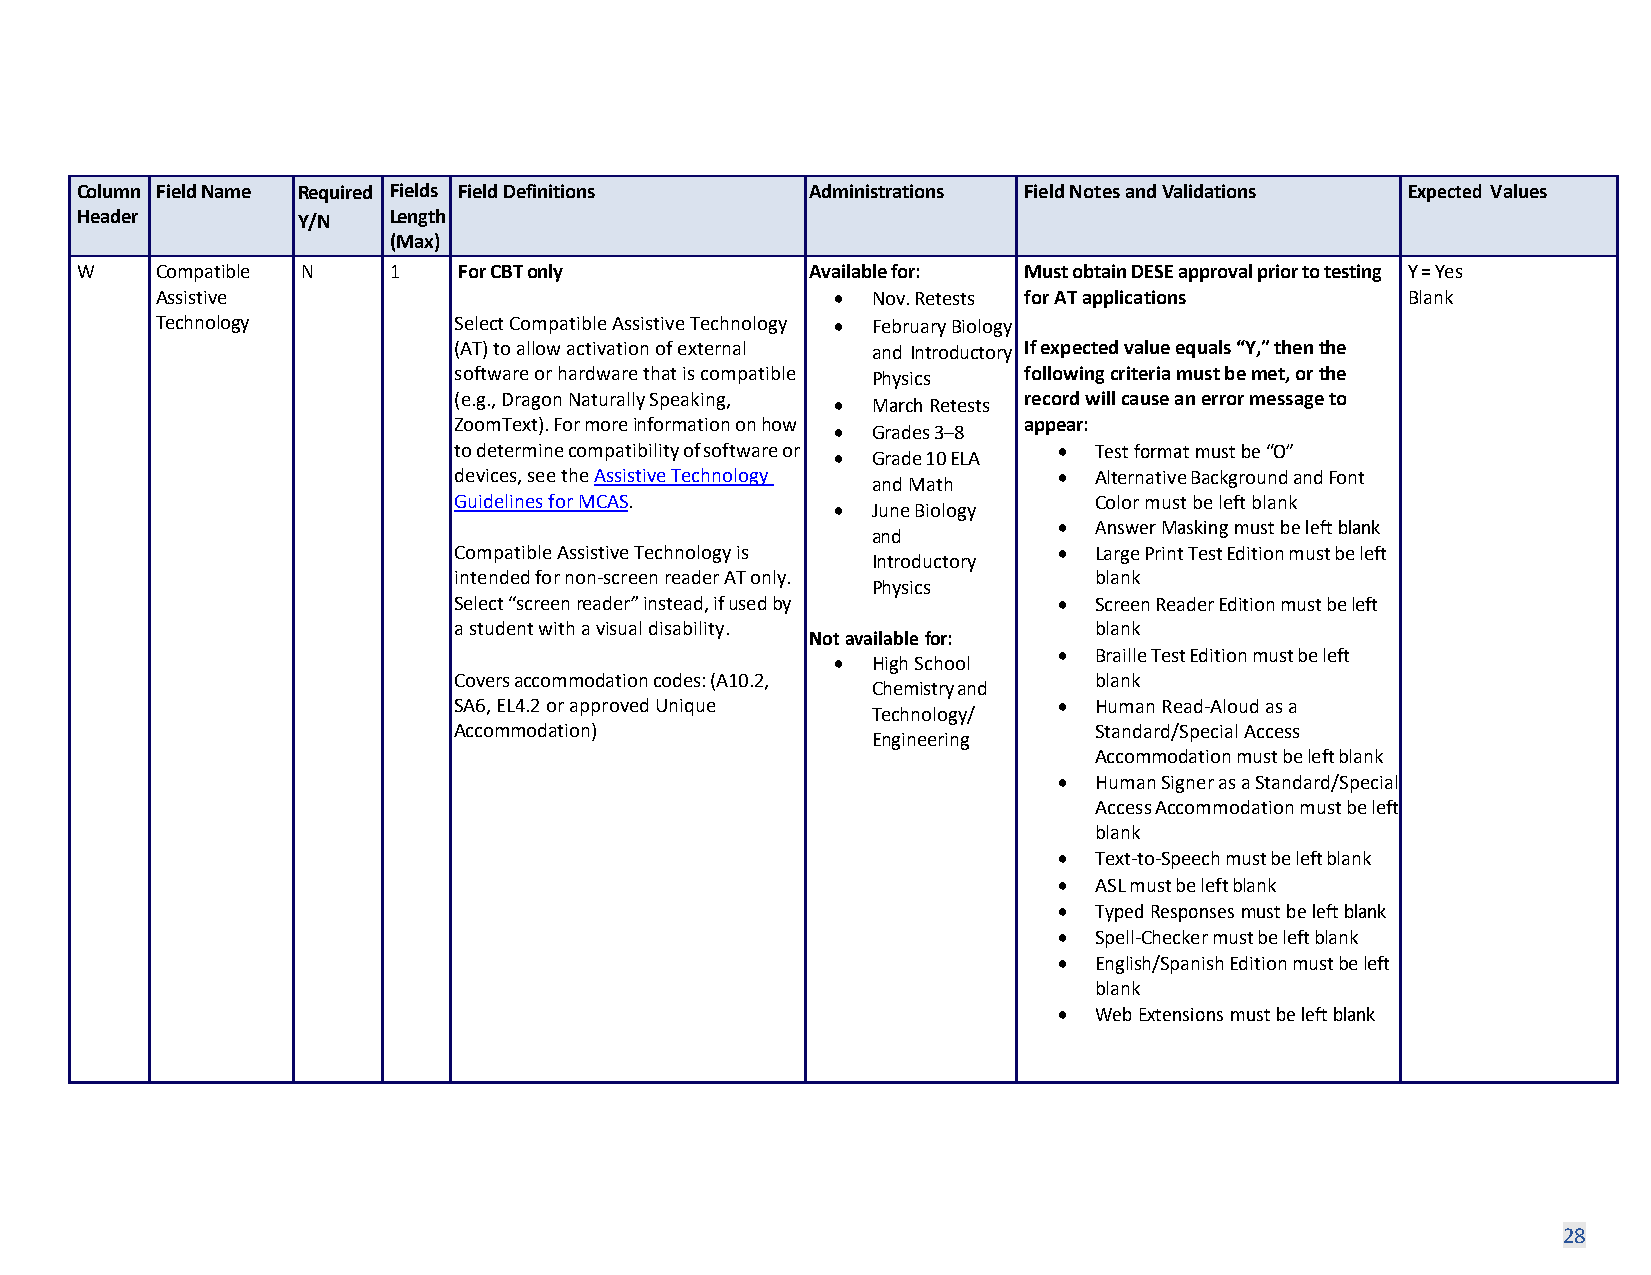
Column Field Name Required Fields Field Definitions Administrations Field Notes and Validations Expected Values
 Header         Y/N   Length
 (Max)
 W    Compatible N    1   For CBT only            Available for: Must obtain DESE approval prior to testing Y = Yes
 Assistive                                    •  Nov. Retests for AT applications   Blank
 Technology          Select Compatible Assistive Technology • February Biology
 (AT) to allow activation of external and Introductory If expected value equals “Y,” then the
 software or hardware that is compatible Physics following criteria must be met, or the
 (e.g., Dragon Naturally Speaking, • March Retests record will cause an error message to
 ZoomText). For more information on how appear:
 •  Grades 3–8
 to determine compatibility of software or • Test format must be “O”
 •  Grade 10 ELA
 devices, see the Assistive Technology   • Alternative Background and Font
 and Math
 Guidelines for MCAS.                      Color must be left blank
 •  June Biology
 • Answer Masking must be left blank
 and
 Compatible Assistive Technology is      • Large Print Test Edition must be left
 Introductory
 intended for non-screen reader AT only.   blank
 Physics
 Select “screen reader” instead, if used by • Screen Reader Edition must be left
 a student with a visual disability.       blank
 Not available for:
 • Braille Test Edition must be left
 •  High School
 Covers accommodation codes: (A10.2,       blank
 Chemistry and
 SA6, EL4.2 or approved Unique           • Human Read-Aloud as a
 Technology/
 Accommodation)                            Standard/Special Access
 Engineering
 Accommodation must be left blank
 • Human Signer as a Standard/Special
 Access Accommodation must be left
 blank
 • Text-to-Speech must be left blank
 • ASL must be left blank
 • Typed Responses must be left blank
 • Spell-Checker must be left blank
 • English/Spanish Edition must be left
 blank
 • Web Extensions must be left blank
 28